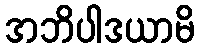
အဘိပါဒယာမိ